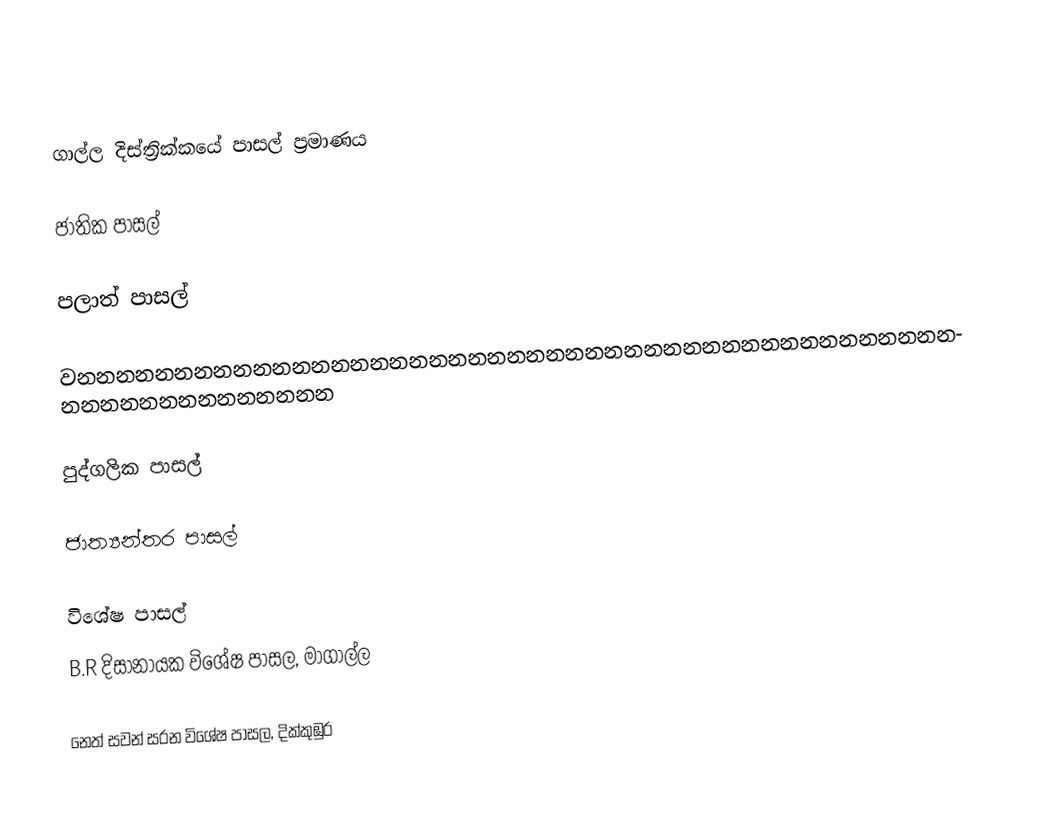

ගාල්ල දිස්ත්‍රික්කයේ පාසල් ප්‍රමාණය

ජාතික පාසල්

පලාත් පාසල්

වනනනනනනනනනනනනනනනනනනනනනනනනනනනනනනනනනනනනනනනනනනනනනනනනනනනනනනනනනනන

පුද්ගලික පාසල්

ජාත්‍යන්තර පාසල්

විශේෂ පාසල්
 B.R දිසානායක විශේෂ පාසල, මාගාල්ල

 නෙත් සවන් සරන විශේෂ පාසල, දික්කුඹුර